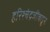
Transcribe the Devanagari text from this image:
हरिश्चंद्रजींकडून